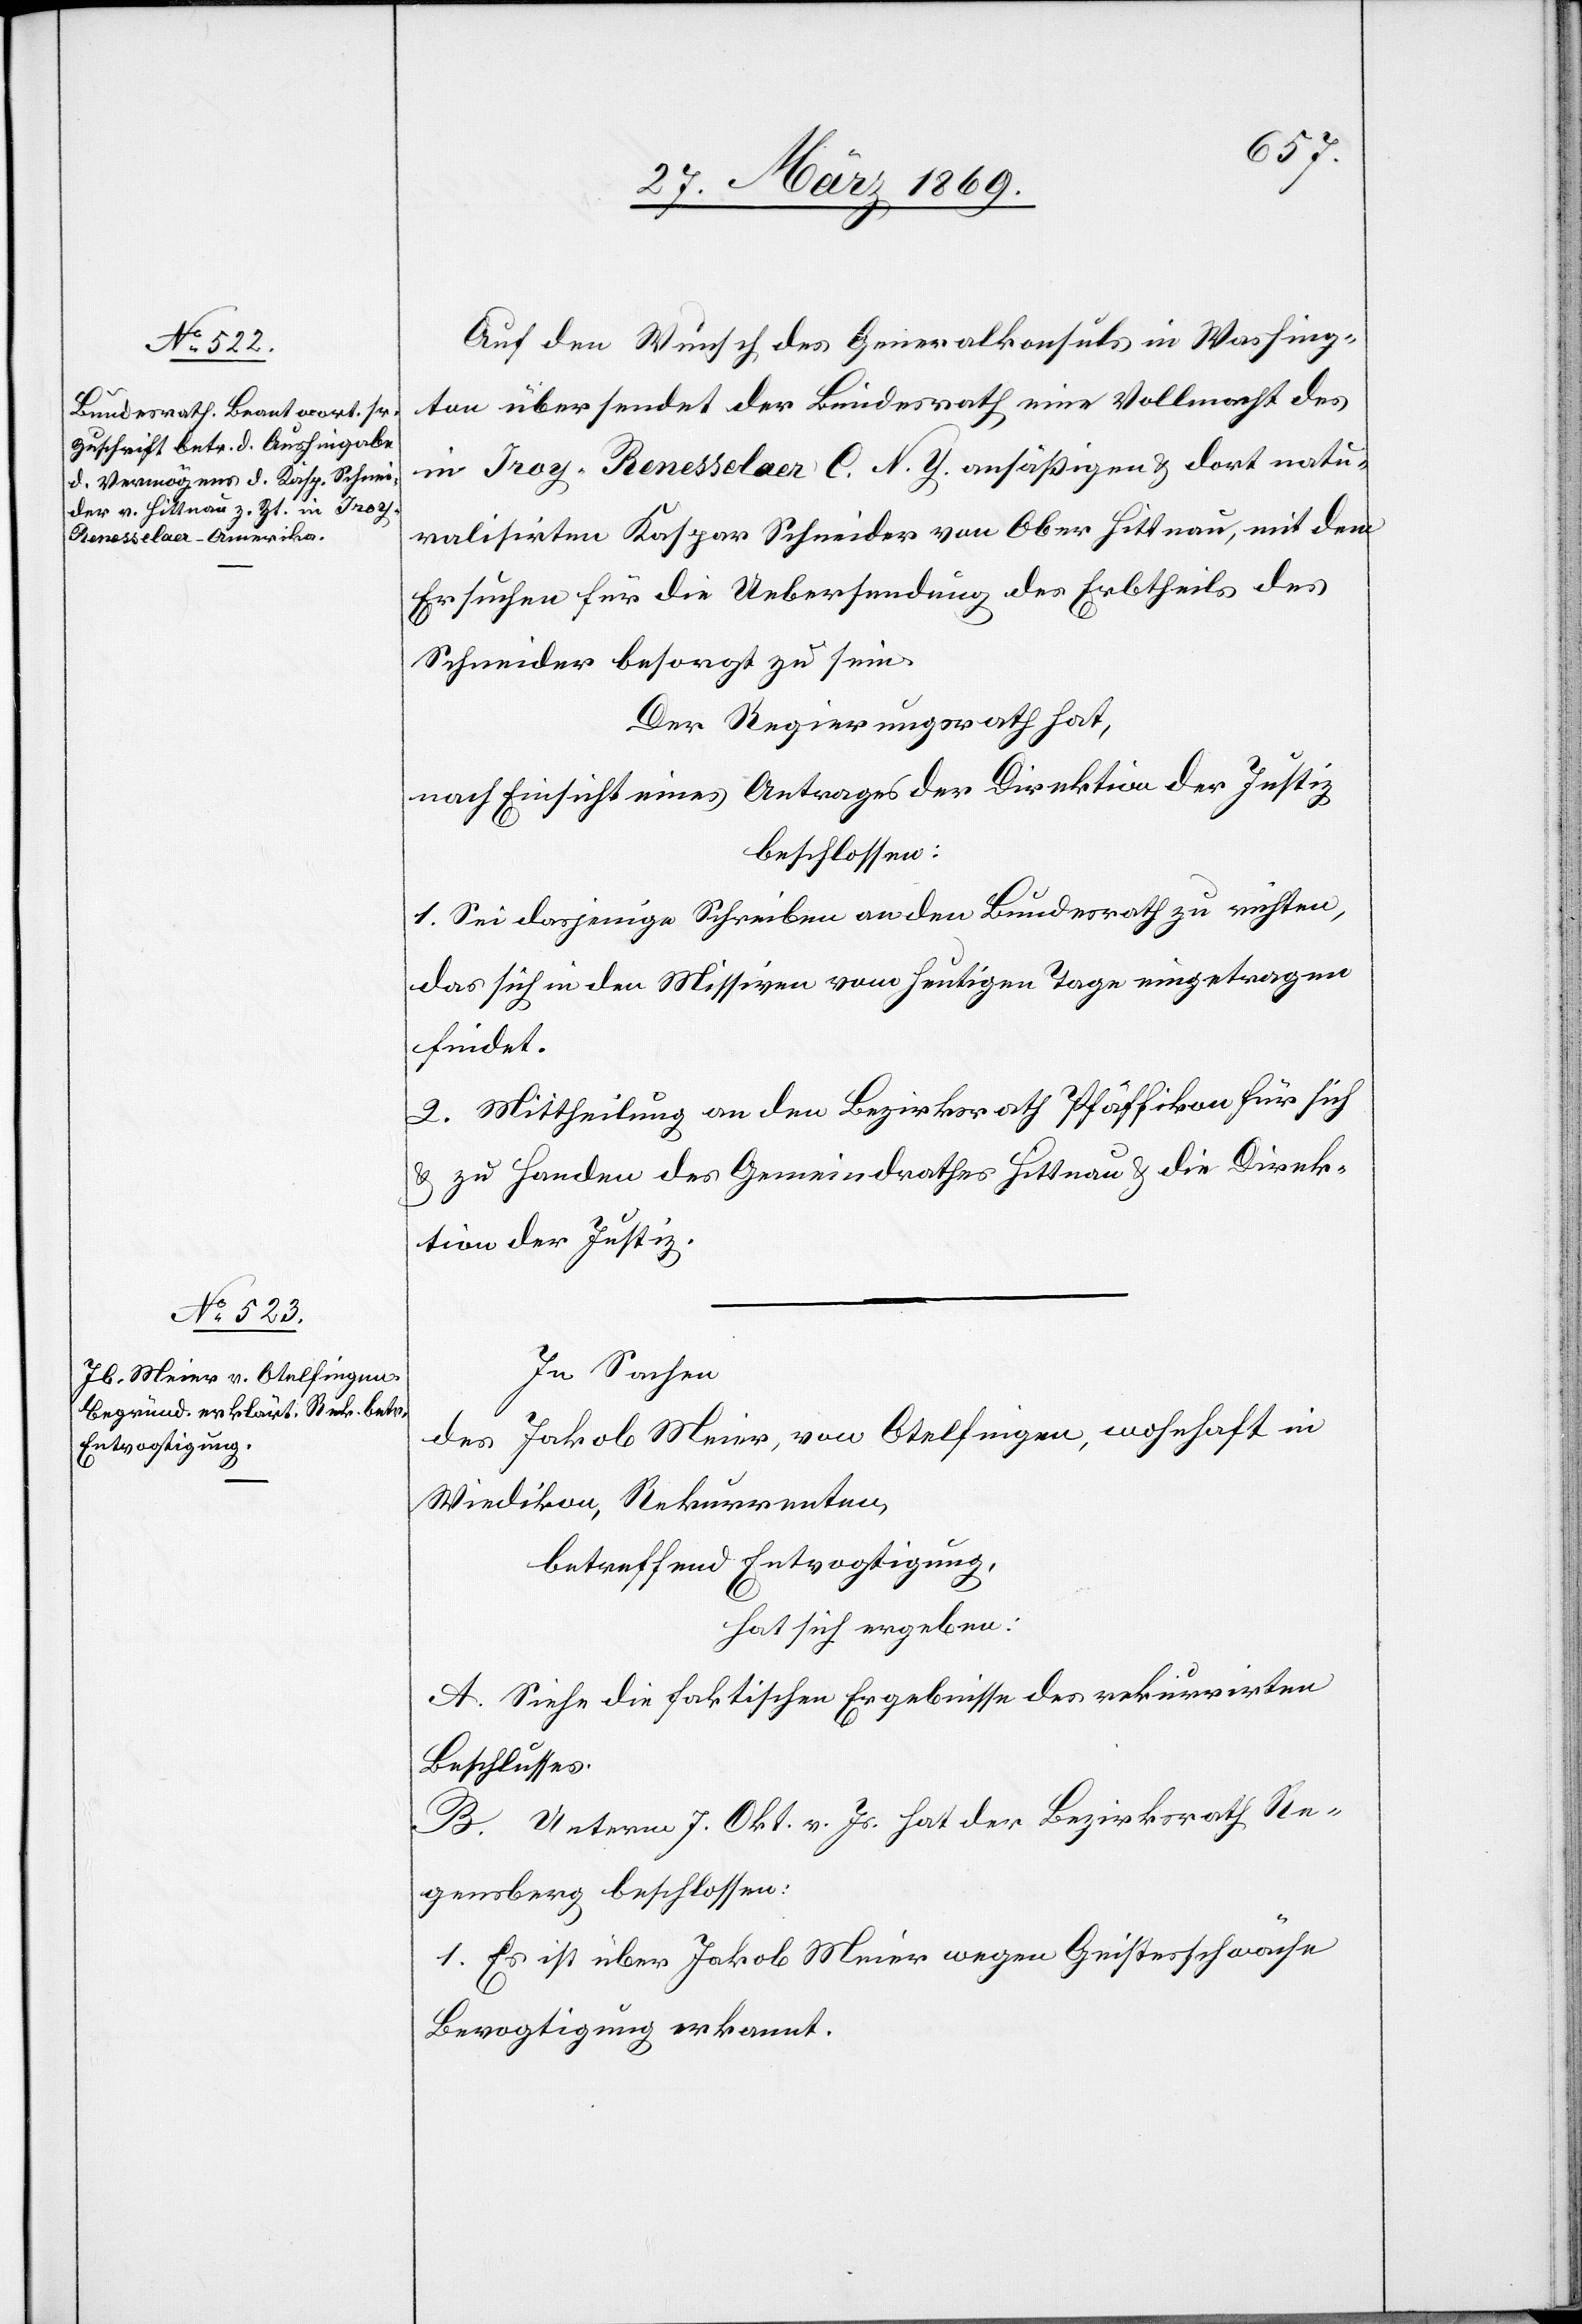
Auf den Wunsch des Generalkonsuls in Washing¬
ton übersendet der Bundesrath eine Vollmacht des
in Troy-Renesselaer C. N. Y. ansäßigen u. dort natu¬
ralisirten Kaspar Schneider von Ober Hittnau, mit dem
Ersuchen für die Uebersendung des Erbtheils des
Schneider besorgt zu sein.
Der Regierungsrath hat,
nach Einsicht eines Antrages der Direktion der Justiz,
beschlossen:
1. Sei dasjenige Schreiben an den Bundesrath zu richten,
das sich in den Missiven vom heutigen Tage eingetragen
findet.
2. Mittheilung an den Bezirksrath Pfäffikon für sich
u. zu Handen des Gemeindrathes Hittnau u. die Direk¬
tion der Justiz.
In Sachen
Jakob Meier, von Otelfingen, wohnhaft in
des
Wiedikon, Rekurrenten,
betreffend Entvogtigung,
hat sich ergeben:
A. Siehe die faktischen Ergebnisse des rekurrirten
Beschlusses.
B. Unterm 7. Okt. v. Js. hat der Bezirksrath Re¬
gensberg beschlossen:
1. Es ist über Jakob Meier wegen Geistesschwäche
Bevogtigung erkannt.